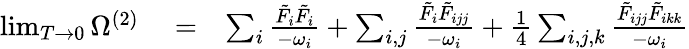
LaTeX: \begin{array}{rlr}{\operatorname*{lim}_{T\to 0}\Omega^{(2)}}&{{}=}&{\sum_{i}\frac{\tilde{F}_{i}\tilde{F}_{i}}{-\omega_{i}}+\sum_{i,j}\frac{\tilde{F}_{i}\tilde{F}_{ijj}}{-\omega_{i}}+\frac{1}{4}\sum_{i,j,k}\frac{\tilde{F}_{ijj}\tilde{F}_{ikk}}{-\omega_{i}}}\end{array}